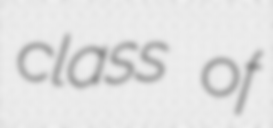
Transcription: class of